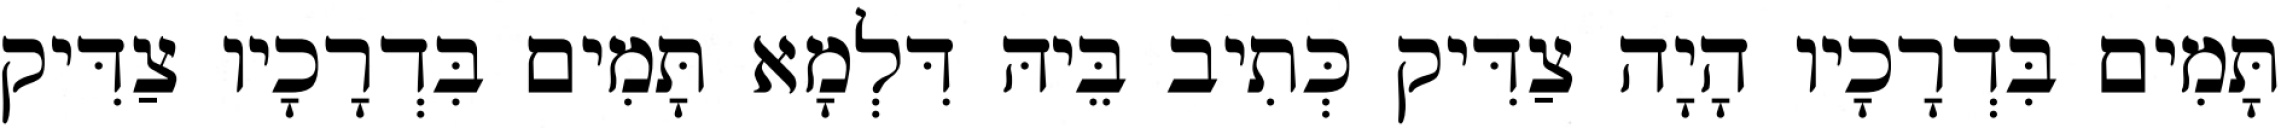
תָּמִים בִּדְרָכָיו הָיָה צַדִּיק כְּתִיב בֵּיהּ דִּלְמָא תָּמִים בִּדְרָכָיו צַדִּיק